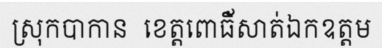
ស្រុកបាកាន  ខេត្តពោធិ័សាត់ឯកឧត្តម